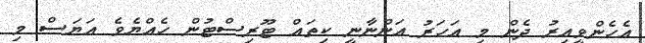
އެހެންވީއިރު ދެން މި އަހަރު އަންނާނީ ކިތައް ޓޫރިސްޓުން ހެއްޔެވެ އަޔަސް މި